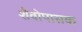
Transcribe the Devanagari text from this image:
शैवोपासक